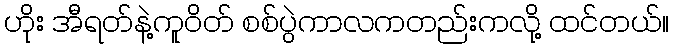
ဟိုး အီရတ်နဲ့ကူဝိတ် စစ်ပွဲကာလကတည်းကလို့ ထင်တယ်။